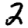
Digit: 2